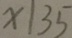
x \vert 3 5